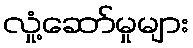
လှုံ့ဆော်မှုများ